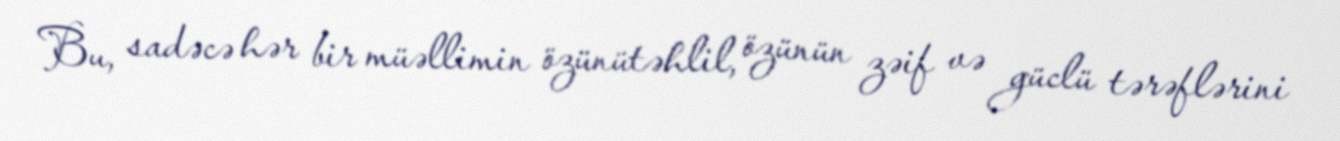
Bu, sadəcə hər bir müəllimin özünütəhlil, özünün zəif və güclü tərəflərini